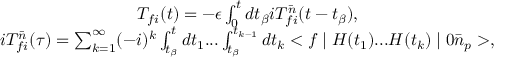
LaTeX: \begin{array} { c } { { T _ { f i } ( t ) = - \epsilon \int _ { 0 } ^ { t } d t _ { \beta } i T _ { f i } ^ { \bar { n } } ( t - t _ { \beta } ) , } } \\ { { i T _ { f i } ^ { \bar { n } } ( \tau ) = \sum _ { k = 1 } ^ { \infty } ( - i ) ^ { k } \int _ { t _ { \beta } } ^ { t } d t _ { 1 } . . . \int _ { t _ { \beta } } ^ { t _ { k - 1 } } d t _ { k } < f \mid H ( t _ { 1 } ) . . . H ( t _ { k } ) \mid 0 \bar { n } _ { p } > , } } \end{array}